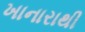
ખાનારાથી